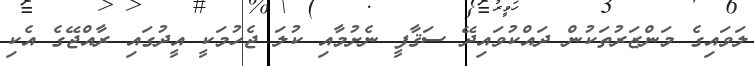
ލަވައިގެ މަންޒަރުތަކުން ދައްކުވައިދޭ ސަޤާފީ ނެށުމާއި ކުލަ ޖެހުމަކީ އީދުގައި ރާއްޖޭގެ އެކި